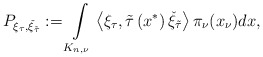
\begin{align*}P_{\xi_{\tau},\check{\xi}_{\tilde{\tau}}}:=\int\limits_{K_{n,\nu}} \left<\xi_\tau,\tilde{\tau}\left(x^*\right)\check{\xi}_{\tilde{\tau}}\right>\pi_{\nu}(x_\nu) dx,\end{align*}